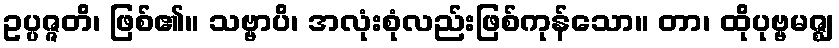
ဥပ္ပဇ္ဇတိ၊ ဖြစ်၏။ သဗ္ဗာပိ၊ အလုံးစုံလည်းဖြစ်ကုန်သော။ တာ၊ ထိုပုဗ္ဗမဇ္ဈ